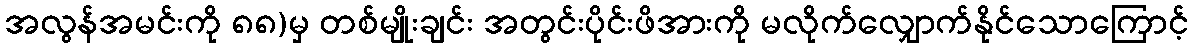
အလွန်အမင်းကို ၈၈)မှ တစ်မျိုးချင်း အတွင်းပိုင်းဖိအားကို မလိုက်လျှောက်နိုင်သောကြောင့်